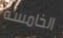
الخامسة